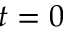
t = 0